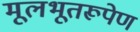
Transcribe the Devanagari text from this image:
मूलभूतरूपेण